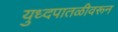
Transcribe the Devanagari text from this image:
युध्दपातळीवरून